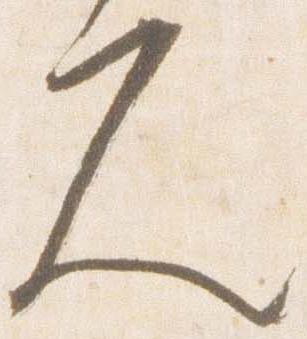
久